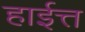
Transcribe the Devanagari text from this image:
हाईत्त